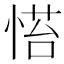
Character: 𢞇